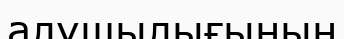
алушылығының